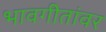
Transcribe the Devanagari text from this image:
भावगीतांवर